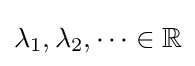
\lambda _{1},\lambda _{2},\dots \in \mathbb {R}